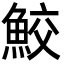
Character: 鮫